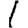
Digit: 1